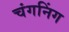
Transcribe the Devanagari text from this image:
चंगनिंग